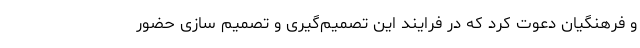
و فرهنگیان دعوت کرد که در فرایند این تصمیم‌گیری و تصمیم سازی حضور